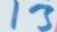
13